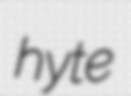
hyte